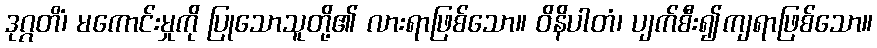
ဒုဂ္ဂတိံ၊ မကောင်းမှုကို ပြုသောသူတို့၏ လားရာဖြစ်သော။ ဝိနိပါတံ၊ ပျက်စီး၍ကျရာဖြစ်သော။